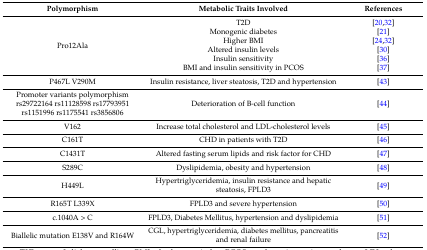
<table><thead><tr><td><b>Polymorphism</b></td><td><b>Metabolic Traits Involved</b></td><td><b>References</b></td></tr></thead><tbody><tr><td rowspan="6">Pro12Ala</td><td>T2D</td><td>[20,32]</td></tr><tr><td>Monogenic diabetes</td><td>[21]</td></tr><tr><td>Higher BMI</td><td>[24,32]</td></tr><tr><td>Altered insulin levels</td><td>[30]</td></tr><tr><td>Insulin sensitivity</td><td>[36]</td></tr><tr><td>BMI and insulin sensitivity in PCOS</td><td>[37]</td></tr><tr><td>P467L V290M</td><td>Insulin resistance, liver steatosis, T2D and hypertension</td><td>[43]</td></tr><tr><td>Promoter variants polymorphism rs29722164 rs11128598 rs17793951 rs1151996 rs1175541 rs3856806</td><td>Deterioration of B-cell function</td><td>[44]</td></tr><tr><td>V162</td><td>Increase total cholesterol and LDL-cholesterol levels</td><td>[45]</td></tr><tr><td>C161T</td><td>CHD in patients with T2D</td><td>[46]</td></tr><tr><td>C1431T</td><td>Altered fasting serum lipids and risk factor for CHD</td><td>[47]</td></tr><tr><td>S289C</td><td>Dyslipidemia, obesity and hypertension</td><td>[48]</td></tr><tr><td>H449L</td><td>Hypertriglyceridemia, insulin resistance and hepatic steatosis, FPLD3</td><td>[49]</td></tr><tr><td>R165T L339X</td><td>FPLD3 and severe hypertension</td><td>[50]</td></tr><tr><td>c.1040A &gt; C</td><td>FPLD3, Diabetes Mellitus, hypertension and dyslipidemia</td><td>[51]</td></tr><tr><td>Biallelic mutation E138V and R164W</td><td>CGL, hypertriglyceridemia, diabetes mellitus, pancreatitis and renal failure</td><td>[52]</td></tr></tbody></table>